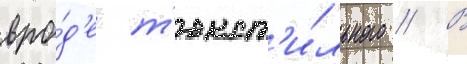
вро́д'е т'екст'и́льного // В